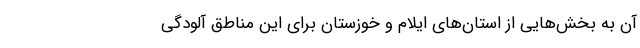
آن به بخش‌هایی از استان‌های ایلام و خوزستان برای این مناطق آلودگی